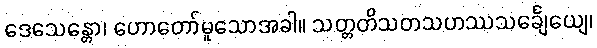
ဒေသေန္တော၊ ဟောတော်မူသောအခါ။ သတ္တတိသတသဟဿသင်္ချေယျေ၊